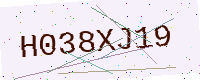
Text: H038XJ19